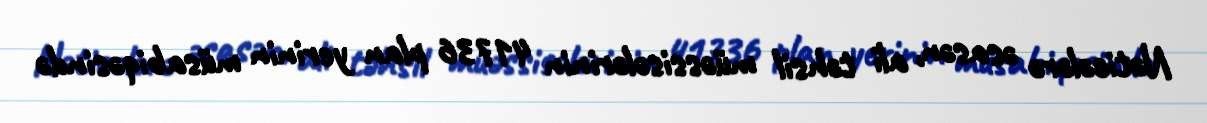
Nəticələrə əsasən, ali təhsil müəssisələrinin 41736 plan yerinin müsabiqəsində